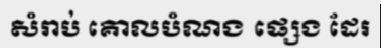
សំរាប់ គោលបំណង ផ្សេង ដែរ